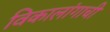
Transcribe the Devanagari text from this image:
विकालांगाची